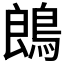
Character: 𪁜